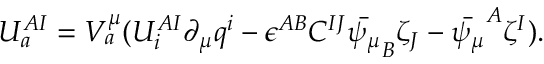
{ \cal U } _ { a } ^ { A I } = V _ { a } ^ { \mu } ( { \cal U } _ { i } ^ { A I } \partial _ { \mu } q ^ { i } - \epsilon ^ { A B } C ^ { I J } \bar { \psi _ { \mu } } _ { B } \zeta _ { J } - \bar { \psi _ { \mu } } ^ { A } \zeta ^ { I } ) .